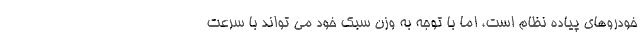
خودروهای پیاده نظام است، اما با توجه به وزن سبک خود می تواند با سرعت